Etiology and epidemiology of plague
Disease focus: Plague
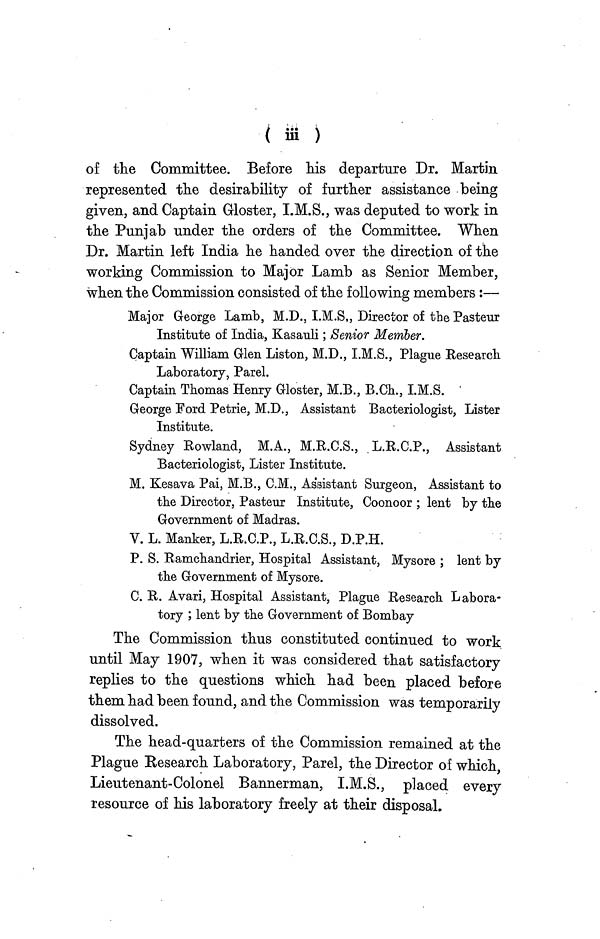
( iii )
of the Committee. Before his departure Dr. Martin
represented the desirability of further assistance being
given, and Captain Gloster, I.M.S., was deputed to work in
the Punjab under the orders of the Committee. When
Dr. Martin left India he handed over the direction of the
working Commission to Major Lamb as Senior Member,
when the Commission consisted of the following members:—
Major George Lamb, M.D., I.M.S., Director of the Pasteur
Institute of India, Kasauli; Senior Member.
Captain William Glen Liston, M.D., I.M.S., Plague Research
Laboratory, Parel.
Captain Thomas Henry Gloster, M.B., B.Ch., I.M.S. '
George Ford Petrie, M.D., Assistant Bacteriologist, Lister
Institute.
Sydney Rowland, M.A., M.R.C.S., L.R.C.P., Assistant
Bacteriologist, Lister Institute.
M. Kesava Pai, M.B., C.M., Assistant Surgeon, Assistant to
the Director, Pasteur Institute, Coonoor ; lent by the
Government of Madras.
V. L. Manker, L.R.C.P., L.R.C.S., D.P.H.
P. S. Ramchandrier, Hospital Assistant, Mysore ; lent by
the Government of Mysore.
C. R. Avari, Hospital Assistant, Plague Research Labora-
tory ; lent by the Government of Bombay
The Commission thus constituted continued to work
until May 1907, when it was considered that satisfactory
replies to the questions which had been placed before
them bad been found, and the Commission was temporarily
dissolved.
The head-quarters of the Commission remained at the
Plague Research Laboratory, Parel, the Director of which
Lieutenant-Colonel Bannerman, I.M.S., placed every
resource of his laboratory freely at their disposal.